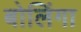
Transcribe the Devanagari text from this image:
बोलिंगा